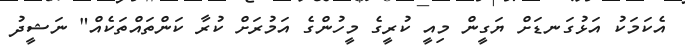
އެކަމަކު އަޅުގަނޑަށް ޔަގީން މިއީ ކުރީގެ މީހުންގެ އަމުރަށް ކުރާ ކަންތައްތަކެއް" ނަޝީދު